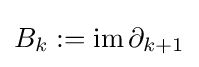
B_{k}:=\operatorname {im} \partial _{k+1}